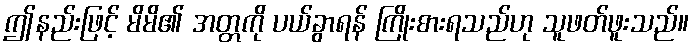
ဤနည်းဖြင့် မိမိ၏ အတ္တကို ပယ်ခွာရန် ကြိုးစားရသည်ဟု သူဖတ်ဖူးသည်။